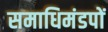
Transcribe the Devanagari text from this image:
समाधिमंडपों